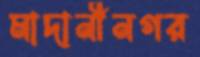
মাদানীনগর